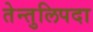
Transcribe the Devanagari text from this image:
तेन्तुलिपदा